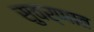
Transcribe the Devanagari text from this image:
सुवर्णात